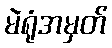
မဲရုံအမှတ်